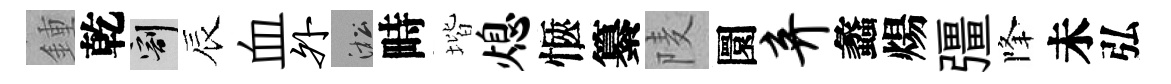
鍾乾割辰血外淞畤堦熄愜纂𨹧圜弃蠡煬彊降未弘